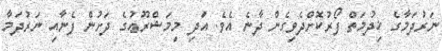
ނަރުދަމާގެ ޚިދުމަތް ފޯރުކޮށްދެވިގެން ދާނެ އެވެ. އަދި މިމަޝްރޫޢުގެ ދަށުން ފެނާއި ނަރުދަމާ